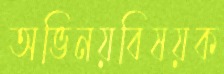
অভিনয়বিষয়ক